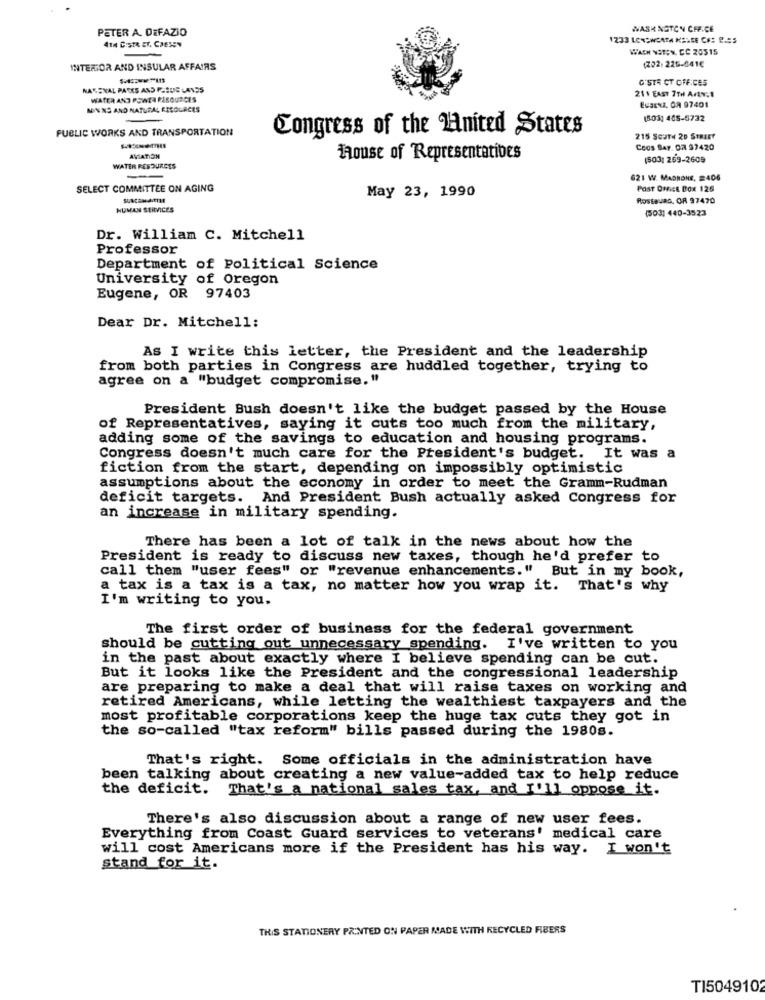
PETER A. DEFAZIO
WASHINGTON CHF.CE
414 C:STR ET, CHESEN
WACH VSTOY. CC 20515
INTERIOR AND INSULAR AFFAIRS
G'STR CT OFFICES
NARSVAL PARKS AND PASDE LANES
WATER AND PSWEA RESOURCES
211 EAST 7TH AFRY. E
MOINNS AND NATURAL RESOURCES
EuSENZ, CA 97401
(503) 405-5732
PUBLIC WORKS AND TRANSPORTATION
Congress of the United States
215 SOUTH 20 STREET
Coos BAY. OR 97420
AVATION
House of Representatives
(503) 259-2609
WATER RESOURCES
621 W. MAGNONE, 2406
SELECT COMMITTEE ON AGING
May 23, 1990
POST OFFICE Box 126
SURCON ATTHE
RosteuaG, OR 97470
HUMAN SERVICES
(503) 440-3523
Dr. William C. Mitchell
Professor
Department of Political Science
University of Oregon
Eugene, OR 97403
Dear Dr. Mitchell:
As I write this letter, the President and the leadership
from both parties in Congress are huddled together, trying to
agree on a "budget compromise, "
President Bush doesn't like the budget passed by the House
of Representatives, saying it cuts too much from the military,
adding some of the savings to education and housing programs.
Congress doesn't much care for the President's budget. It was a
fiction from the start, depending on impossibly optimistic
assumptions about the economy in order to meet the Gramm-Rudman
deficit targets. And President Bush actually asked Congress for
an increase in military spending.
There has been a lot of talk in the news about how the
President is ready to discuss new taxes, though he'd prefer to
call them "user fees" or "revenue enhancements." But in my book,
a tax is a tax is a tax, no matter how you wrap it. That's why
I'm writing to you.
The first order of business for the federal government
should be cutting out unnecessary spending. I've written to you
in the past about exactly where I believe spending can be cut.
But it looks like the President and the congressional leadership
are preparing to make a deal that will raise taxes on working and
retired Americans, while letting the wealthiest taxpayers and the
most profitable corporations keep the huge tax cuts they got in
the so-called "tax reform" bills passed during the 1980s.
That's right. Some officials in the administration have
been talking about creating a new value-added tax to help reduce
the deficit.
That's a national sales tax, and I'll oppose it.
There's also discussion about a range of new user fees.
Everything from Coast Guard services to veterans' medical care
will cost Americans more if the President has his way. I won't
stand for it.
THIS STATIONERY PRINTED ON PAPER MADE WITH RECYCLED FIBERS
TI5049102